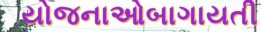
યોજનાઓબાગાયતી